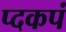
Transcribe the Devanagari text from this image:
प्दकपं